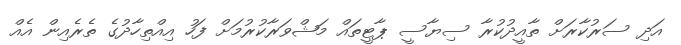
އަދި ސަރުކާރަށް ތާއީދުކުރާ ސިޔާސީ ޕާޓީތައް މަޝްވަރާކުރުމަށް ފަހު އިއްތިހާދުގެ ތެރެއިން އެއް